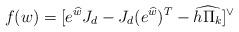
LaTeX: \begin{align*} f(w) = [e^{\widehat{w}}J_d-J_d (e^{\widehat{w}})^T-\widehat{h\Pi_k}]^\vee\end{align*}